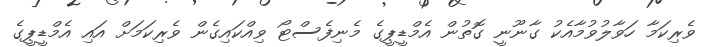
ވެރިކަމާ ހަވާލުވުމާއެކު ގާނޫނީ ގޮތުން އެމްޑީޕީގެ މެނިފެސްޓޯ ވިއްކައިގެން ވެރިކަމަށް އައި އެމްޑީޕީގެ